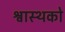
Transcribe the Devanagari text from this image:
श्वास्थको